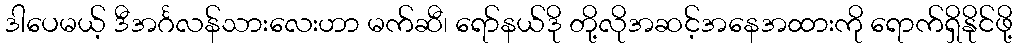
ဒါပေမယ့် ဒီအင်္ဂလန်သားလေးဟာ မက်ဆီ၊ ရော်နယ်ဒို တို့လိုအဆင့်အနေအထားကို ရောက်ရှိနိုင်ဖို့